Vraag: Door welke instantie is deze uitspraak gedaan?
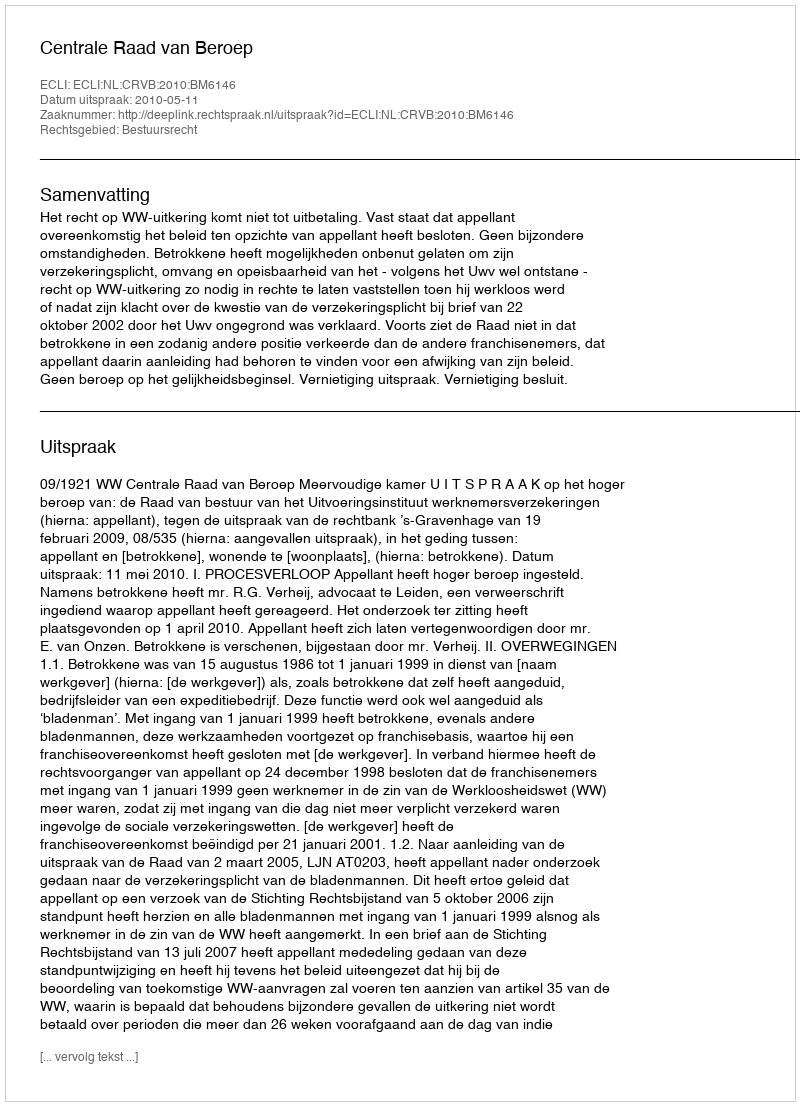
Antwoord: Centrale Raad van Beroep